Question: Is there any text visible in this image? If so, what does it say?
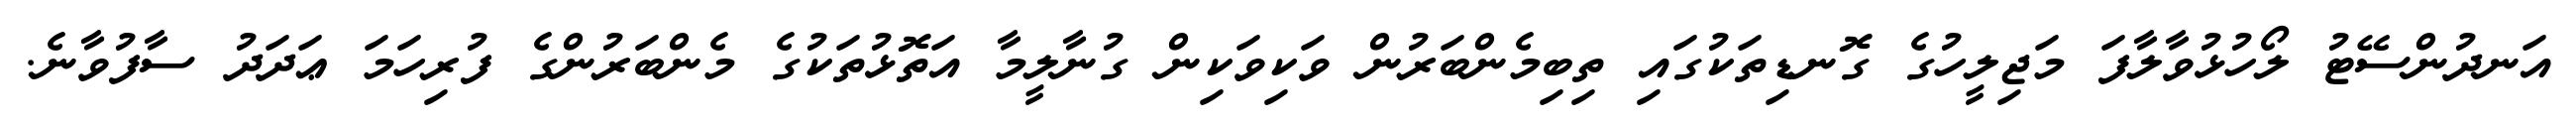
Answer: އަނދުންސޭޓު ލޯހުޅުވާލާފަ މަޖިލީހުގެ ގޮނޑިތަކުގައި ތިބިމެންބަރުން ވަކިވަކިން ގުނާލީމާ އަތޮޅުތަކުގެ މެންބަރުންގެ ފުރިހަމަ ޢަދަދު ސާފުވާނެ.